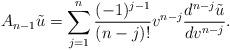
LaTeX: \begin{align*} A_{n-1}\tilde{u}=\sum_{j=1}^n\frac{(-1)^{j-1}}{(n-j)!}v^{n-j}\frac{d^{n-j}\tilde{u}}{dv^{n-j}}.\end{align*}